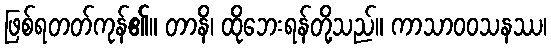
ဖြစ်ရတတ်ကုန်၏။ တာနိ၊ ထိုဘေးရန်တို့သည်။ ကာသာဝဝသနဿ၊